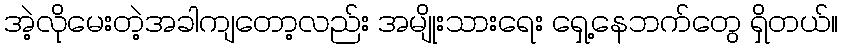
အဲ့လိုမေးတဲ့အခါကျတော့လည်း အမျိုးသားရေး ရှေ့နေဘက်တွေ ရှိတယ်။